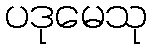
ပဒုမေသု